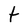
Character: t